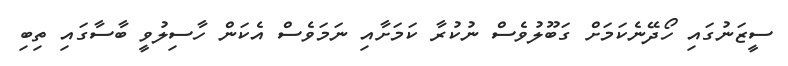
ސީޒަނުގައި ހޯދޭނެކަމަށް ގަބޫލުވެސް ނުކުރާ ކަމަށާއި ނަމަވެސް އެކަން ހާސިލުވީ ބާސާގައި ތިބި